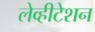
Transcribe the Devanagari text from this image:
लेव्हीटेशन